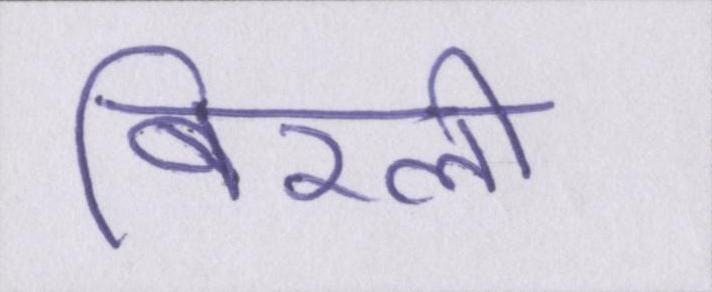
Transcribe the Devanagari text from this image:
बिरली